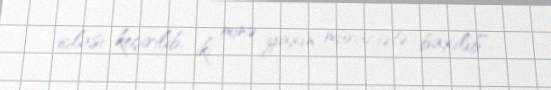
iclası keçirilib, iki minə yaxın müraciətə baxılıb".